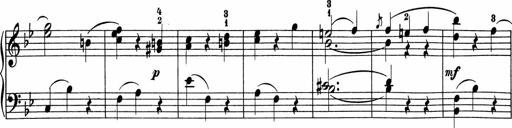
Title: 5 Sonatinen fÃ¼r die Jugend
Composer: Carl Reinecke